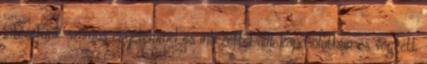
intézetünk számos egyetemmel és intézettel állt kapcsolatban és végzett